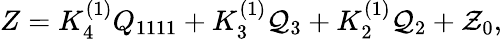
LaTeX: \begin{array}{r}{Z=K_{4}^{(1)}Q_{1111}+K_{3}^{(1)}{\cal Q}_{3}+K_{2}^{(1)}{\cal Q}_{2}+{\cal Z}_{0},}\end{array}